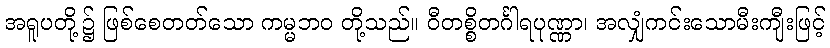
အရူပတို့၌ ဖြစ်စေတတ်သော ကမ္မဘဝ တို့သည်။ ဝီတစ္စိတင်္ဂါရပုဏ္ဏာ၊ အလျှံကင်းသောမီးကျီးဖြင့်